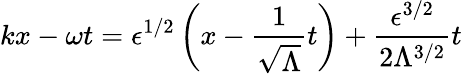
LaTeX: kx-\omega t=\epsilon^{1/2}\left(x-\frac{1}{\sqrt{\Lambda}}t\right)+\frac{\epsilon^{3/2}}{2\Lambda^{3/2}}t